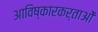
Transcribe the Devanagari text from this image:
आविष्कारकर्ताओं